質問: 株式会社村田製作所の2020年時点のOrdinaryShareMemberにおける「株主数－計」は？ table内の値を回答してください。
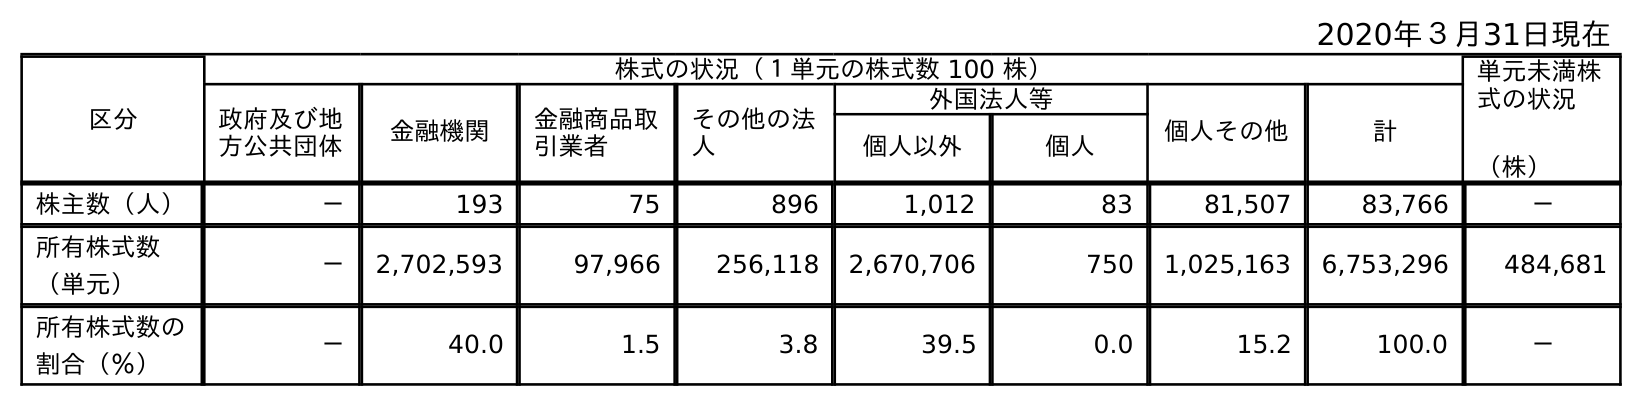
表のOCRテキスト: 2020年３月31日現在 区分 株式の状況（１単元の株式数 100 株） 単元未満株 式の状況 （株） 政府及び地 方公共団体 金融機関 金融商品取 引業者 その他の法 人 外国法人等 個人その他 計 個人以外 個人 株主数（人） － 193 75 896 1,012 83 81,507 83,766 － 所有株式数 （単元） － 2,702,593 97,966 256,118 2,670,706 750 1,025,163 6,753,296 484,681 所有株式数の 割合（％） － 40.0 1.5 3.8 39.5 0.0 15.2 100.0 －
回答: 83,766